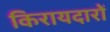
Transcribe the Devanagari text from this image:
किरायदारों